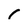
Character: 1